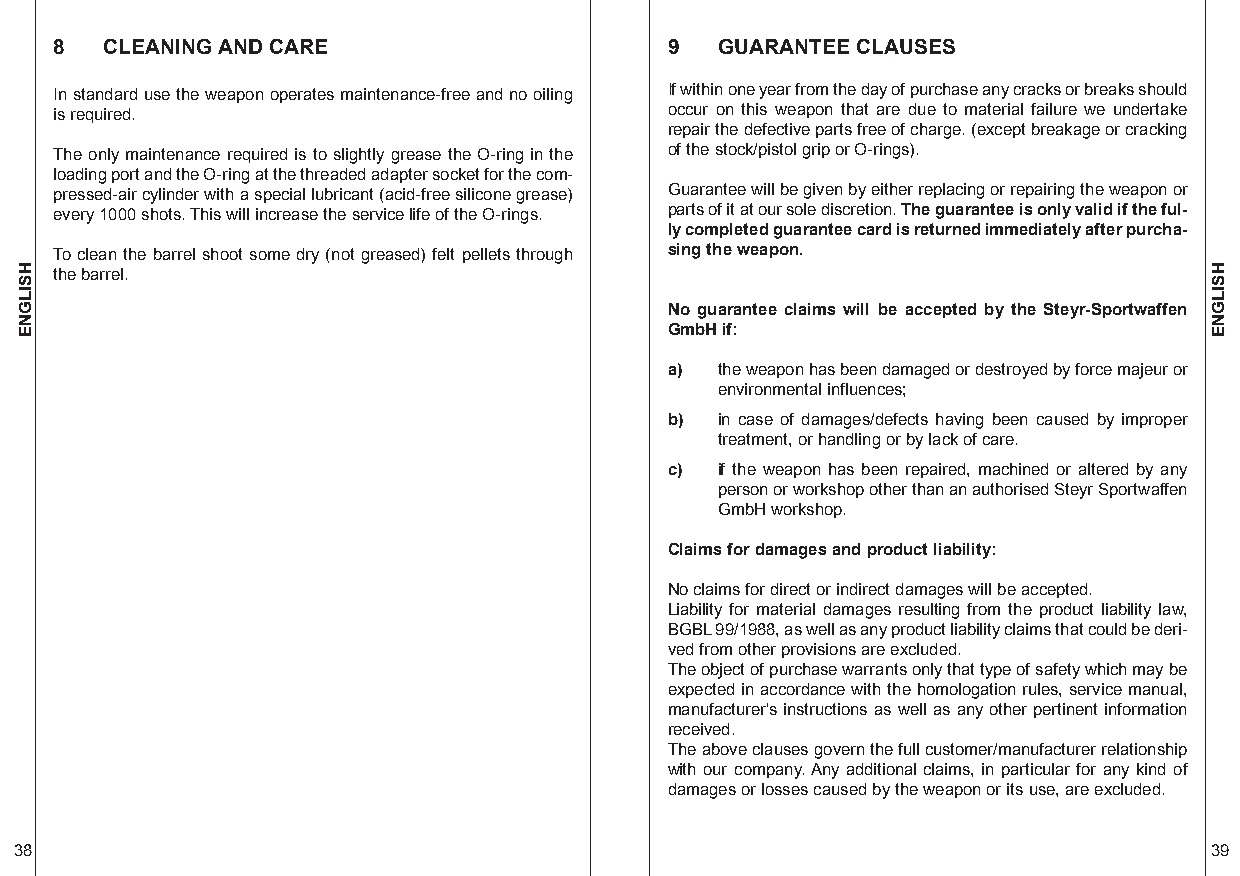
8  CLEANING AND CARE                    9   GUARANTEE CLAUSES
 In standard use the weapon operates maintenance-free and no oiling If within one year from the day of purchase any cracks or breaks should
 is required.                            occur on this weapon that are due to material failure we undertake
 repair the defective parts free of charge. (except breakage or cracking
 The only maintenance required is to slightly grease the O-ring in the of the stock/pistol grip or O-rings).
 loading port and the O-ring at the threaded adapter socket for the com-
 pressed-air cylinder with a special lubricant (acid-free silicone grease) Guarantee will be given by either replacing or repairing the weapon or
 every 1000 shots. This will increase the service life of the O-rings. parts of it at our sole discretion. The guarantee is only valid if the ful-
 ly completed guarantee card is returned immediately after purcha-
 To clean the barrel shoot some dry (not greased) felt pellets through sing the weapon.
 the barrel.
 No guarantee claims will be accepted by the Steyr-Sportwaffen
 GmbH if:
 a)  the weapon has been damaged or destroyed by force majeur or
 environmental influences;
 b)  in case of damages/defects having been caused by improper
 treatment, or handling or by lack of care.
 c)  if the weapon has been repaired, machined or altered by any
 person or workshop other than an authorised Steyr Sportwaffen
 GmbH workshop.
 Claims for damages and product liability:
 No claims for direct or indirect damages will be accepted.
 Liability for material damages resulting from the product liability law,
 BGBL99/1988, as well as any product liability claims that could be deri-
 ved from other provisions are excluded.
 The object of purchase warrants only that type of safety which may be
 expected in accordance with the homologation rules, service manual,
 manufacturer’s instructions as well as any other pertinent information
 received.
 The above clauses govern the full customer/manufacturer relationship
 with our company. Any additional claims, in particular for any kind of
 damages or losses caused by the weapon or its use, are excluded.
 38                                                                             39
 HSILGNE                                                                        HSILGNE